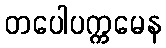
တပေါပက္ကမေန